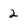
Character: 2